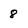
Character: 8